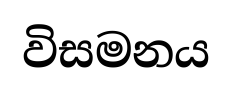
විසමනය